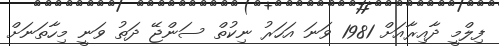
ފިލްމީ ދާއިރާއަށް 1981 ވަނަ އަހަރު ނިކުތް ސަންޖޭ ދަތު ވަނީ މިހާތަނަށް